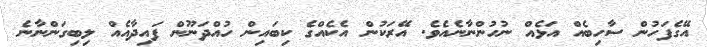
އޭގެފަހުން ސާހިބެއް އަޅެއް ނުހުންނާނެއެވެ. އޭރަކުން އެކެއްގެ ކިބައިން ހުއްދަނޫން ފައިދާއެއް ލިބިގަންނާނެ